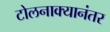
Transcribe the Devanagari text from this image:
टोलनाक्यानंतर